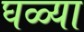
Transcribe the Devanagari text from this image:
घळ्या